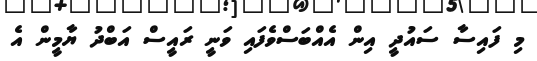
މި ފައިސާ ސައުދީ އިން އެއްބަސްވެފައި ވަނީ ރައީސް އަބްދު ޔާމީން އެ